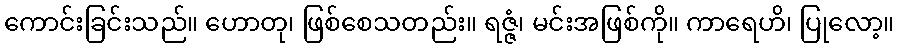
ကောင်းခြင်းသည်။ ဟောတု၊ ဖြစ်စေသတည်း။ ရဇ္ဇံ၊ မင်းအဖြစ်ကို။ ကာရေဟိ၊ ပြုလော့။